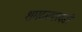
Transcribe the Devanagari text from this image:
शमदमपरवडी